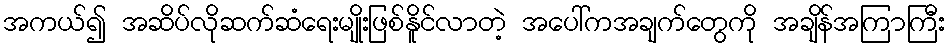
အကယ်၍ အဆိပ်လိုဆက်ဆံရေးမျိုးဖြစ်နိူင်လာတဲ့ အပေါ်ကအချက်တွေကို အချိန်အကြာကြီး